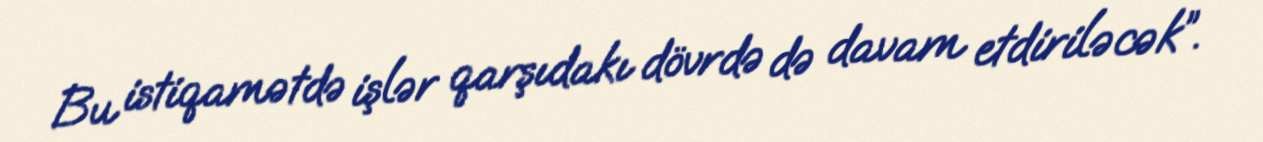
Bu istiqamətdə işlər qarşıdakı dövrdə də davam etdiriləcək”.